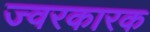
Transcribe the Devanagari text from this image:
ज्‍वरकारक